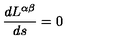
\frac { d L ^ { \alpha \beta } } { d s } = 0